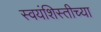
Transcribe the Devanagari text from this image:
स्वयंशिस्तीच्या